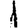
Digit: 1